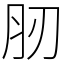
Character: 肕